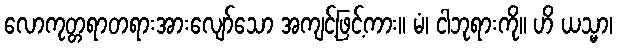
လောကုတ္တရာတရားအားလျော်သော အကျင့်ဖြင့်ကား။ မံ၊ ငါဘုရားကို။ ဟိ ယသ္မာ၊